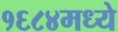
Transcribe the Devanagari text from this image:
१६८४मध्ये